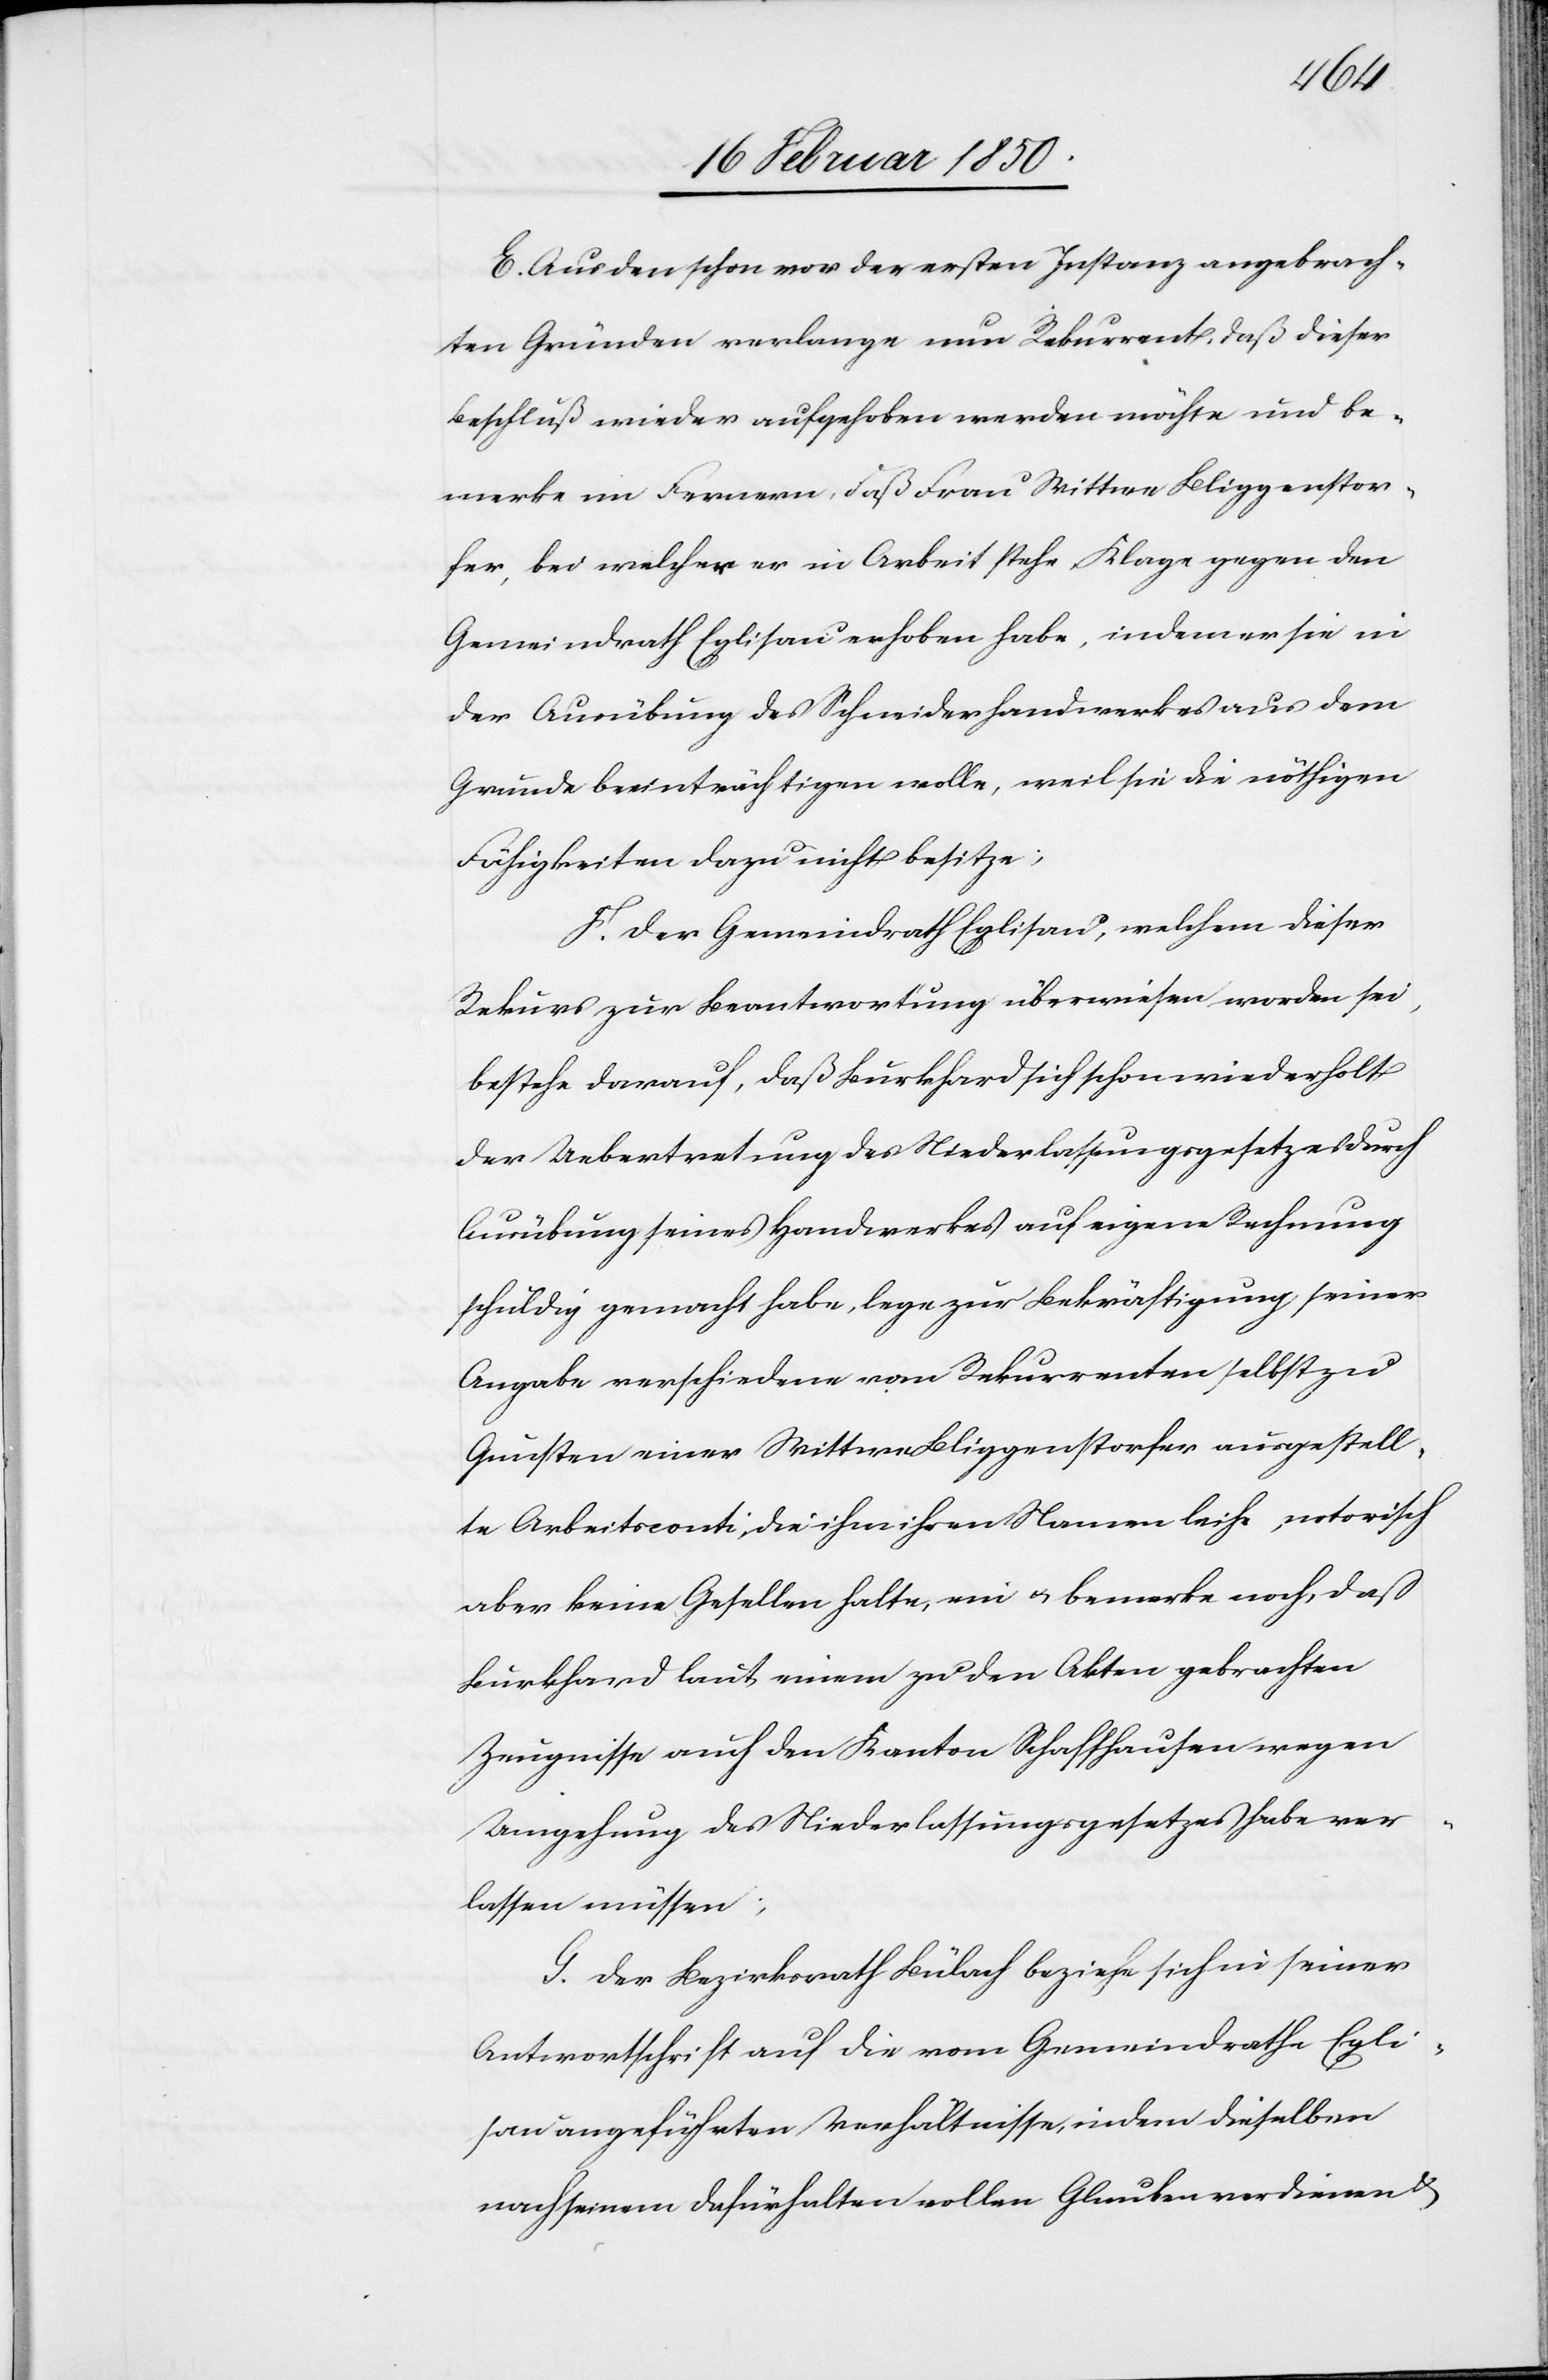
E. Aus den schon vor der ersten Instanz angebrach¬
ten Gründen verlange nun Rekurrent, daß dieser
Beschluß wieder aufgehoben werden möchte und be¬
merke im Fernern, daß Frau Wittwe Bliggenstor¬
fer, bei welcher er in Arbeit stehe, Klage gegen den
Gemeindrath Eglisau erhoben habe, indem er sie in
der Ausübung des Schneiderhandwerkes aus dem
Grunde beeinträchtigen wolle, weil sie die nöthigen
Fähigkeiten dazu nicht besitze;
F. Der Gemeindrath Eglisau, welchem dieser
Rekurs zur Beantwortung überwiesen worden sei,
bestehe darauf, daß Burkhard [sic!] sich schon wiederholt
der Uebertretung des Niederlassungsgesetzes durch
Ausübung seines Handwerkes auf eigene Rechnung
schuldig gemacht habe, lege zur Bekräftigung seiner
Angabe verschiedene vom Rekurrenten selbst zu
Gunsten einer Wittwe Bliggenstorfer ausgestell¬
te Arbeitsconti, die ihm ihren Namen leihe, notorisch
aber keine Gesellen halte, ein u. bemerke noch, daß
Burkhard laut einem zu den Akten gebrachten
Zeugnisse auch den Kanton Schaffhausen wegen
Umgehung des Niederlassungsgesetzes habe ver¬
lassen müssen;
G. Der Bezirksrath Bülach beziehe sich in seiner
Antwortschrift auf die vom Gemeindrathe Egli¬
sau angeführten Verhältnisse, indem dieselben
nach seinem Dafürhalten vollen Glauben verdienen u.